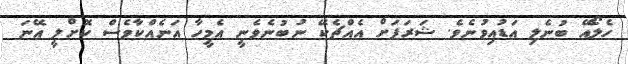
ހެލޯއޭ ބުނެލި އަޑުއިވުނެވެ. ޝަރަފަށް އެއްޗެކޭ ނުބުނެވެނީ އެމީހާ އަނެއްކާވެސް ކޮށްލީ އޭނަ